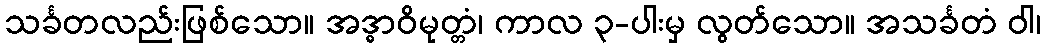
သင်္ခတလည်းဖြစ်သော။ အဒ္ဓာဝိမုတ္တံ၊ ကာလ ၃-ပါးမှ လွတ်သော။ အသင်္ခတံ ဝါ၊